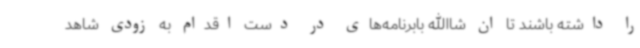
را داشته باشند تا ان شاالله بابرنامه‌های در دست اقدام به زودی شاهد